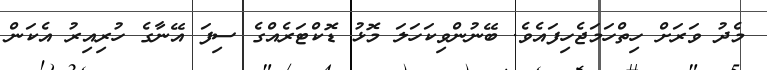
މެދު ވަރަށް ހިތްހަމަޖެހިފައެވެ. ބޭނުންވިކަހަލަ މޮޅު ޑޮކްޓަރެއްގެ ސިފަ އޭނާގެ ހުރިއިރު އެކަން